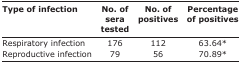
<table><thead><tr><td><b>Type of infection</b></td><td><b>No. of sera tested</b></td><td><b>No. of positives</b></td><td><b>Percentage of positives</b></td></tr></thead><tbody><tr><td>Respiratory infection</td><td>176</td><td>112</td><td>63.64*</td></tr><tr><td>Reproductive infection</td><td>79</td><td>56</td><td>70.89*</td></tr></tbody></table>